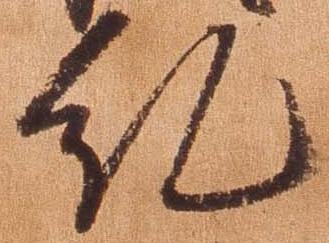
糺